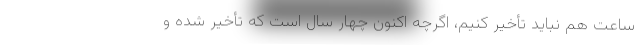
ساعت هم نباید تأخیر کنیم، اگرچه اکنون چهار سال است که تأخیر شده و